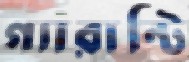
গ্যারান্টি